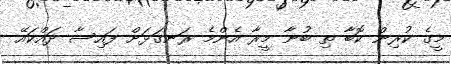
މީގެ ކުރިން ކޮބާ ތި ބުނާ މީރާ އެންމެ ރަނގަޅަށް ފައިސާ ދައްކައޭ